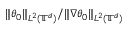
\| \theta _ { 0 } \| _ { L ^ { 2 } ( \ensuremath { \mathbb { T } } ^ { d } ) } / \| \nabla \theta _ { 0 } \| _ { L ^ { 2 } ( \ensuremath { \mathbb { T } } ^ { d } ) }